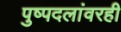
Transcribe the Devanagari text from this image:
पुष्पदलांवरही